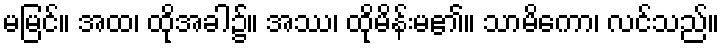
မမြင်။ အထ၊ ထိုအခါ၌။ အဿ၊ ထိုမိန်းမ၏။ သာမိကော၊ လင်သည်။